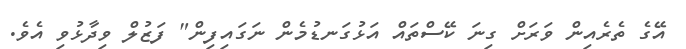
އޭގެ ތެރެއިން ވަރަށް ގިނަ ކޭސްތައް އަޅުގަނޑުމެން ނަގައިފިން" ފަޒުލް ވިދާޅުވި އެވެ.